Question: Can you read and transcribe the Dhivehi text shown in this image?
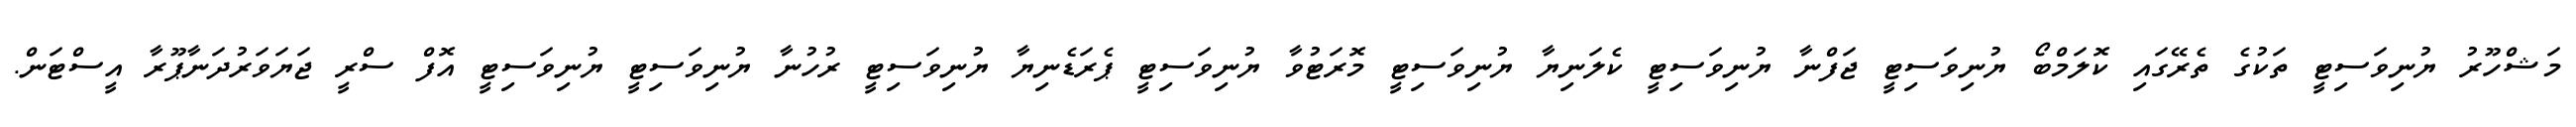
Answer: މަޝްހޫރު ޔުނިވަސިޓީ ތަކުގެ ތެރޭގައި ކޮލަމްބޯ ޔުނިވަސިޓީ ޖަފްނާ ޔުނިވަސިޓީ ކެލަނިޔާ ޔުނިވަސިޓީ މޮރަޓުވާ ޔުނިވަސިޓީ ޕެރަޑެނިޔާ ޔުނިވަސިޓީ ރުހުނާ ޔުނިވަސިޓީ ޔުނިވަސިޓީ އޮފް ސްރީ ޖަޔަވަރުދަނާޕޫރާ އީސްޓަން.